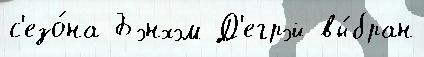
с'езо́на Бэнхэм Д'егрэй вы́бран